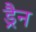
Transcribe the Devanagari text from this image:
ड्रैन